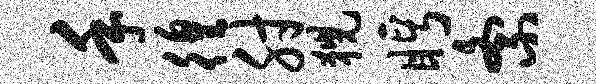
手徨肘猊眄紊